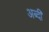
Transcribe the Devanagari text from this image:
अब्दी